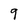
Character: g